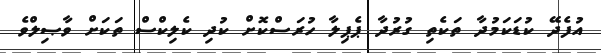
އުފެދޭ ކުޑަކަމުދާ ތަކެތި ގުރުދާ ޕެޕިލާ ހުރަސްކޮށް ކުދި ކެލިކްސް ތަކަށް ވާޞިލްވެ